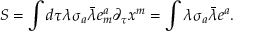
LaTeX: S = \int d \tau \lambda \sigma _ { a } \bar { \lambda } e _ { m } ^ { a } \partial _ { \tau } x ^ { m } = \int \lambda \sigma _ { a } \bar { \lambda } e ^ { a } .